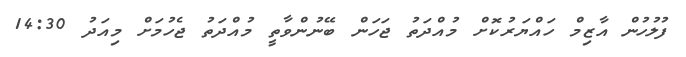
ފުލުހުން އާޒިމް ހައްޔަރުކޮށް މުއްދަތު ޖަހަން ބޭނުންވާތީ މުއްދަތު ޖެހުމަށް މިއަދު 14:30